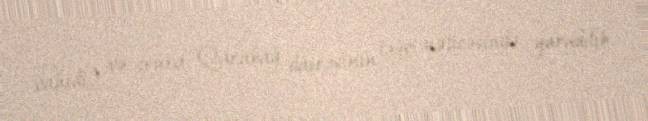
vahidi) və sonra Qarabağ dairəsinin ləğvi nəticəsində yaradılıb.